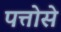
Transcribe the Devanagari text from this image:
पत्तोसे